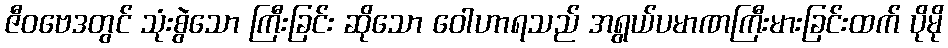
ဇီဝဗေဒတွင် သုံးစွဲသော ကြီးခြင်း ဆိုသော ဝေါဟာရသည် အရွယ်ပမာဏကြီးမားခြင်းထက် ပိုမို